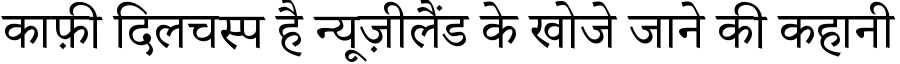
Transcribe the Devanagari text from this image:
काफ़ी दिलचस्प है न्यूज़ीलैंड के खोजे जाने की कहानी